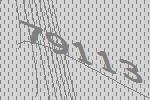
79113